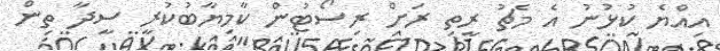
އިއްޔެ ކުޅުނު އެ މެޗު ރީތި ރަށް ރިސޯޓުން ކާމިޔާބުކުރީ ސީދާ ތިން